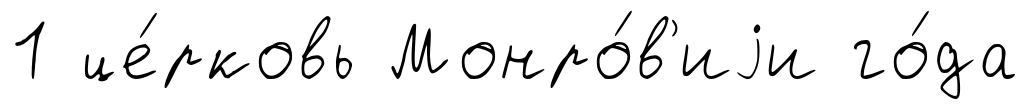
1 це́рковь Монро́в'иjи го́да